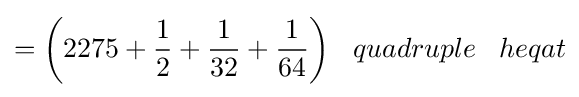
={\bigg (}2275+{\frac {1}{2}}+{\frac {1}{32}}+{\frac {1}{64}}{\bigg )}\;\;\;quadruple\;\;\;heqat